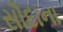
સૌદાના